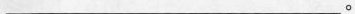
___。